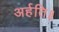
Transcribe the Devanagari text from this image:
अर्हति॥